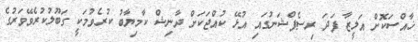
ޚާއްސަކޮށް އަލީޒާ ފަދަ ރިސެޕްޝަނުގައި އުޅޭ ކުއްޖަކަށް ދާނިޝް ކާމިޔާބު ކުރެވުމަކީ ގަބޫލުކުރެވޭވަރުގެ